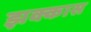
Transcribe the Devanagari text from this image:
झक्कास